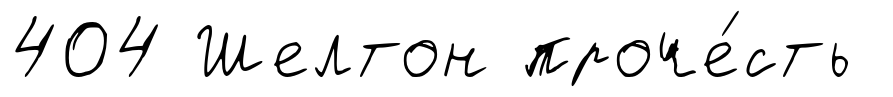
404 Шелтон проче́сть